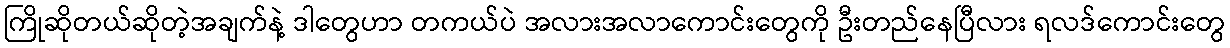
ကြိုဆိုတယ်ဆိုတဲ့အချက်နဲ့ ဒါတွေဟာ တကယ်ပဲ အလားအလာကောင်းတွေကို ဦးတည်နေပြီလား ရလဒ်ကောင်းတွေ